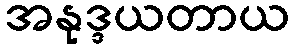
အနုဒ္ဒယတာယ